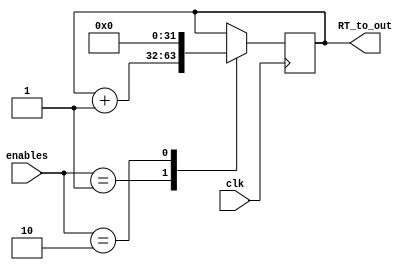
module Rx_TX_regs(input wire clk,
                  input wire [1:0] enables,
						output wire [31:0] RT_to_out
						);
reg [31:0] RT=0;
always@(negedge clk) begin
 case(enables)
  2'b1: begin
   RT<=RT+1;
  end
  2'b10: begin
   RT<=0;
  end
  default: begin
    
  end
 endcase
end
assign RT_to_out=RT;
endmodule